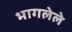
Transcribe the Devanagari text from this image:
भागलेले